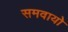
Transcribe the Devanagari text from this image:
समवायो